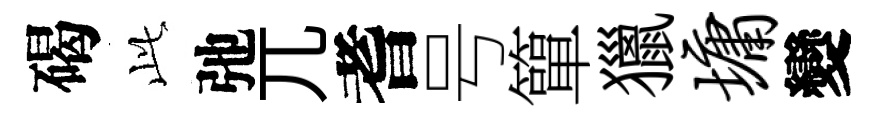
碣𬼘弛兀耆号簞獵墉變